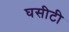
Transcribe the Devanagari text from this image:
घसीटी